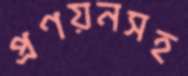
প্রণয়নসহ